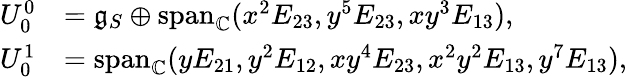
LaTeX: \begin{array}{rl}{U_{0}^{0}}&{=\mathfrak{g}_{S}\oplus\mathrm{span}_{\mathbb{C}}(x^{2}E_{23},y^{5}E_{23},xy^{3}E_{13}),}\\ {U_{0}^{1}}&{=\mathrm{span}_{\mathbb{C}}(yE_{21},y^{2}E_{12},xy^{4}E_{23},x^{2}y^{2}E_{13},y^{7}E_{13}),}\end{array}